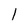
Character: l